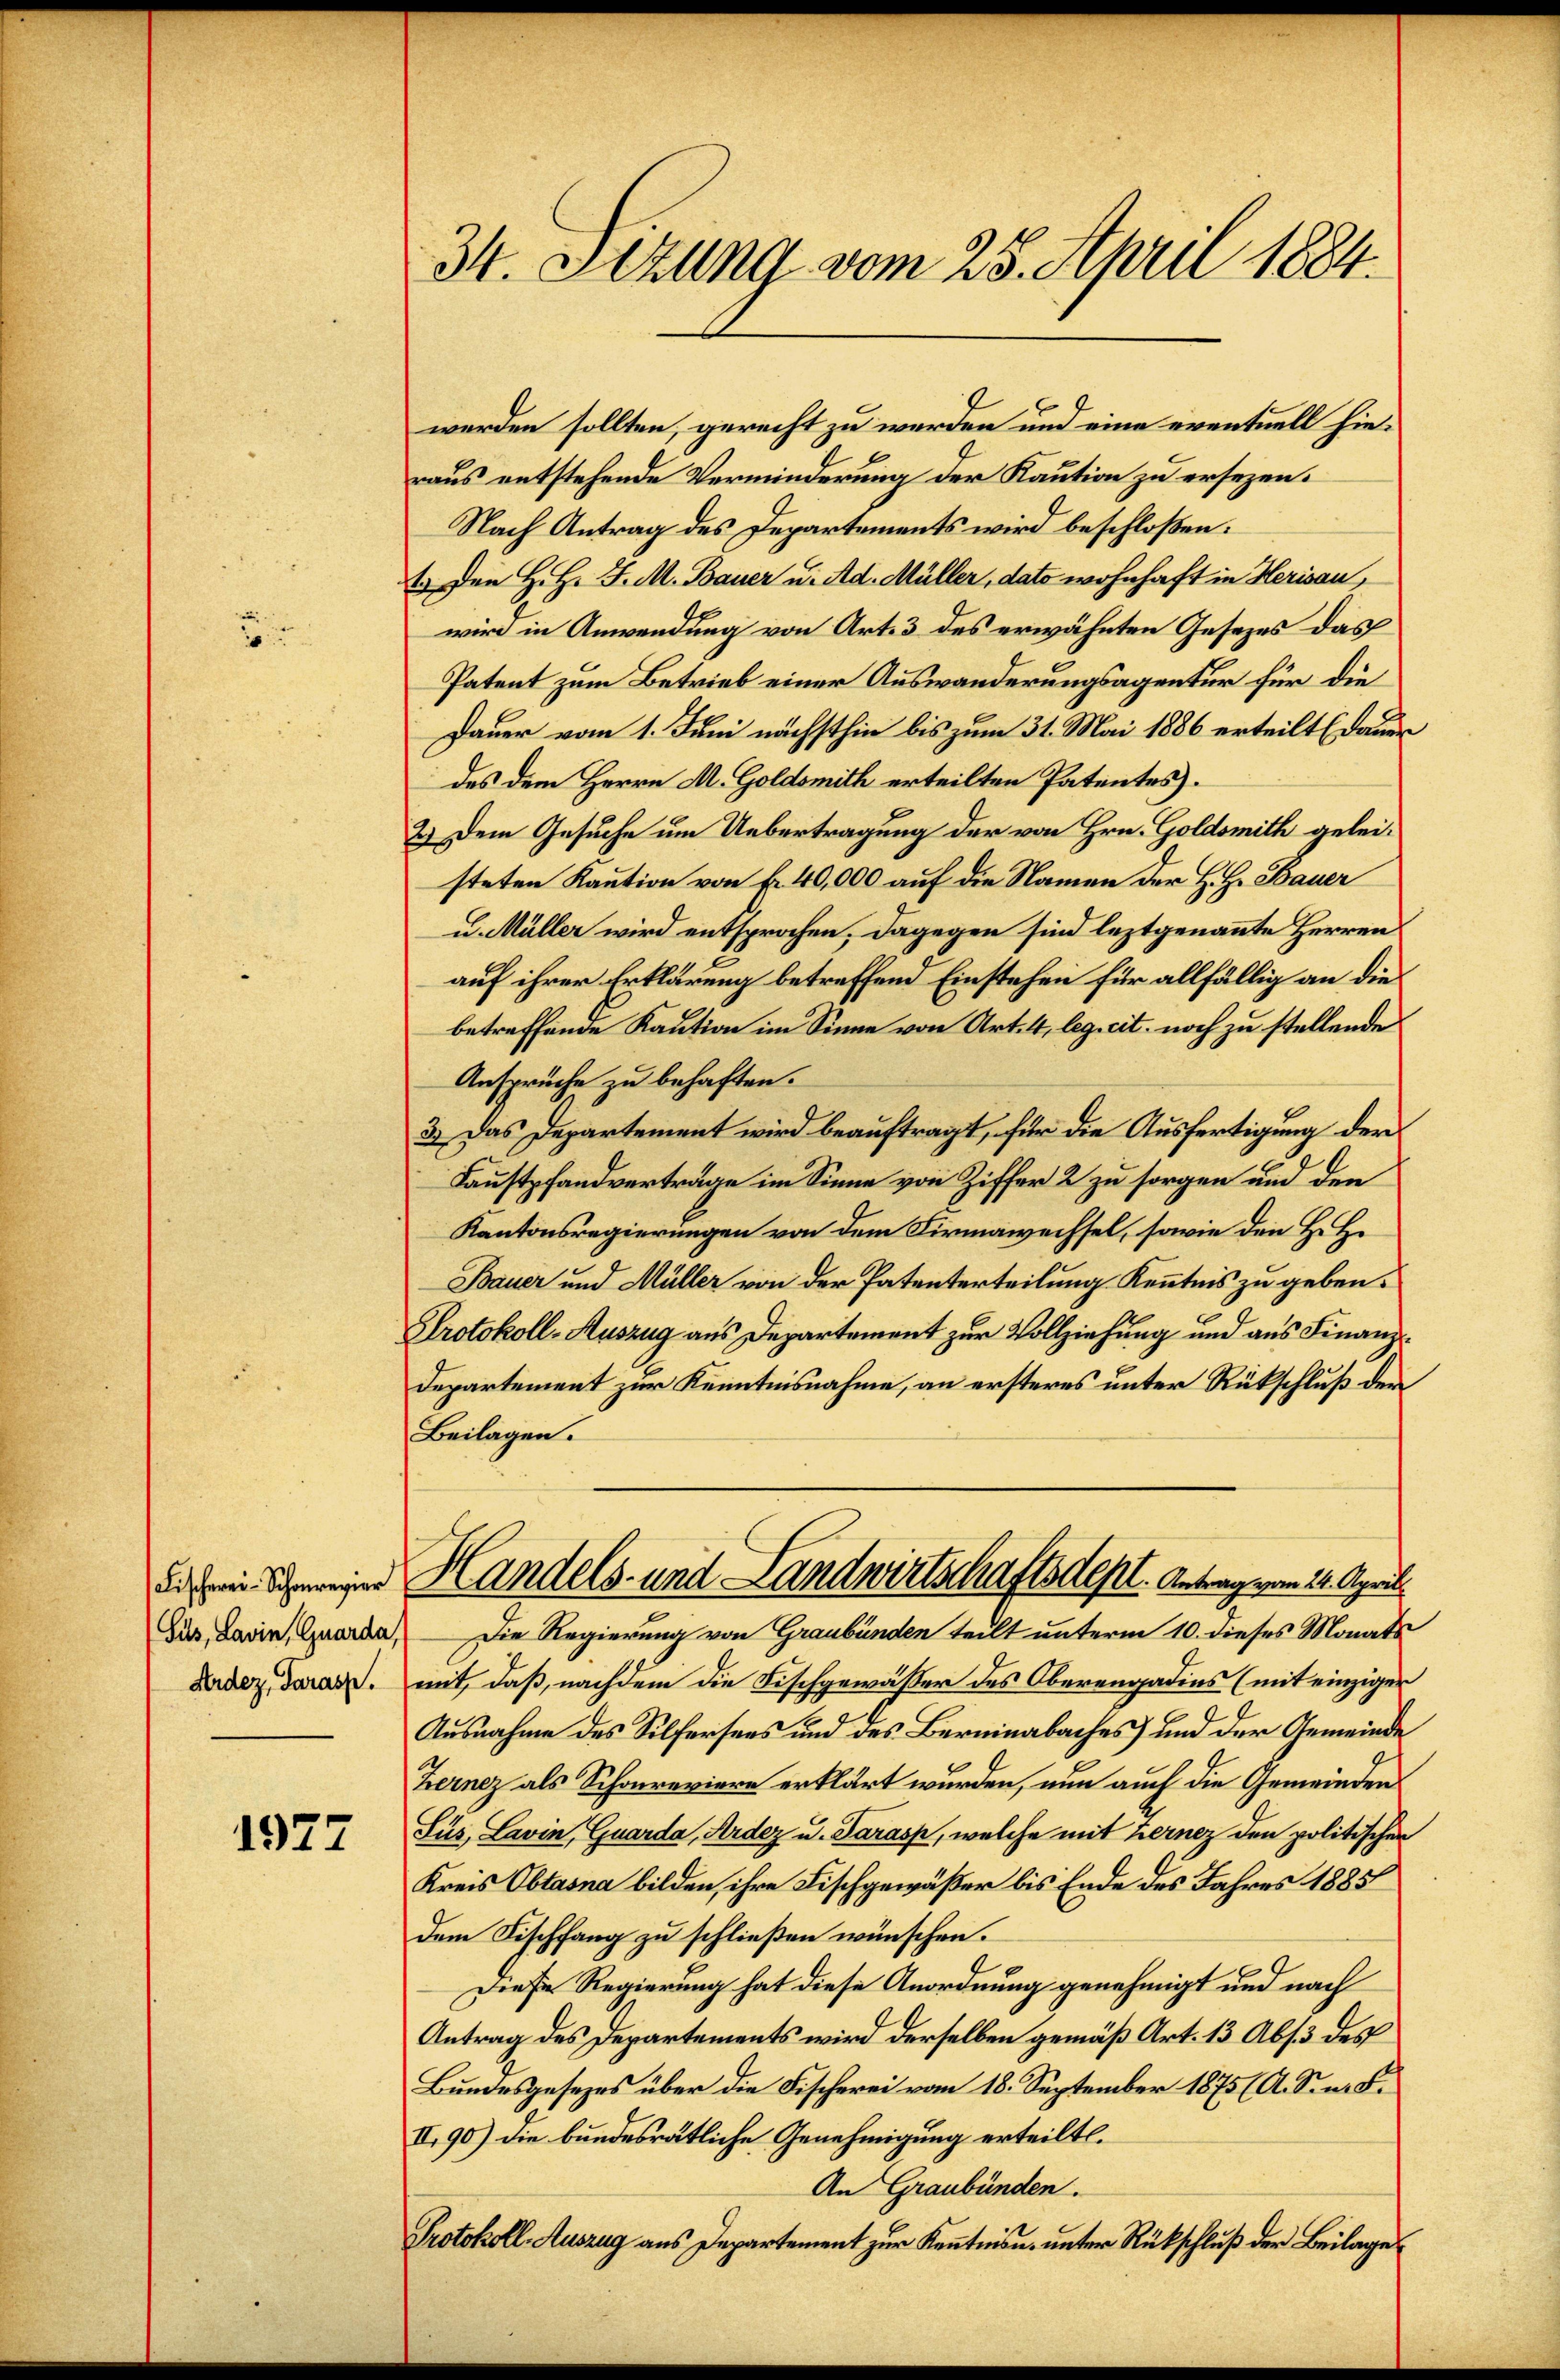
u

Fischerei-Schonregier
Sus, Lavin, Guarda,
Ardez, Parasp.

1977

34. Stzung vom 28. April 1884.

werden sollten, gerecht zu werden und eine eventuell hieraus entstehende Verminderung der Kaution zu ersezen.
Nach Antrag des Departements wird beschloßen:
E. Den H. H. J. M. Bauer u. Ad. Müller, dato wohnhaft in Herisau,
wird in Anwendung von Art. 3 des erwähnten Gesezes das
Patent zum Betrieb einer Auswanderungsagentur für die
Dauer vom 1. Juni nächsthin bis zum 31. Mai 1886 erteilt (dauer
des dem Herrn M. Goldsmith erteilten Patentes.
2.) Dem Gesuche um Uebertragung der von Hrn. Goldsmith geleisteten Kaution von Fr. 40,000 auf die Namen der H. H. Bauer
u. Müller wird entsprochen, dagegen sind leztgenannte Herren
auf ihrer Erklärung betreffend Einstehen für allfällig an die
betreffende Kaution im Sinne von Art. 4, leg. cit. noch zu stellende
Ansprüche zu behaften.
3.) Das Departement wird beauftragt, für die Ausfertigung der
Faustpfandverträge im Sinne von Ziffer 2 zu sorgen und den
Kantonsregierungen von dem Firmawechsel, sowie den H. H.
Bauer und Müller von der Patenterteilung Kenntnis zu geben.
Protokoll-Auszug aus Departement zur Vollziehung und aus Finanz¬
Departement zur Kenntnisnahme, an ersteres unter Rückschluß den
Beilagen.
Handels- und Landwirtschaftsdest. Antrag vom 21. April.
Die Regierung von Graubünden teilt unterm 10. dieses Monats
mit, daß, nachdem die Fischgewäßer des Oberengadins (mit einziger
Ausnahme des Selfersees und des Berninabaches) und der Gemeinde
Bernez als Schonreviere erklärt wurden, nun auch die Gemeinden
Sus, Levin, Quarda, Ardez u. Darass, welche mit Kernez den politischen
Kreis Obtasna bilden, ihre Fischgewäßer bis Ende des Jahres 1885
dem Fischfang zu schließen wünschen.
Diese Regierung hat diese Anordnung genehmigt und nach
Antrag des Departements wird derselben gemäß Art. 13 Abs. 3 des
Bundesgesezes über die Fischerei vom 18. September 1875 (A. S. n. F.
II.90) die bundesrätliche Genehmigung erteilt.
An Graubünden.
Protokoll-Auszug aus Departement zur Kenntnisn. unter Rückschluß der Beilage